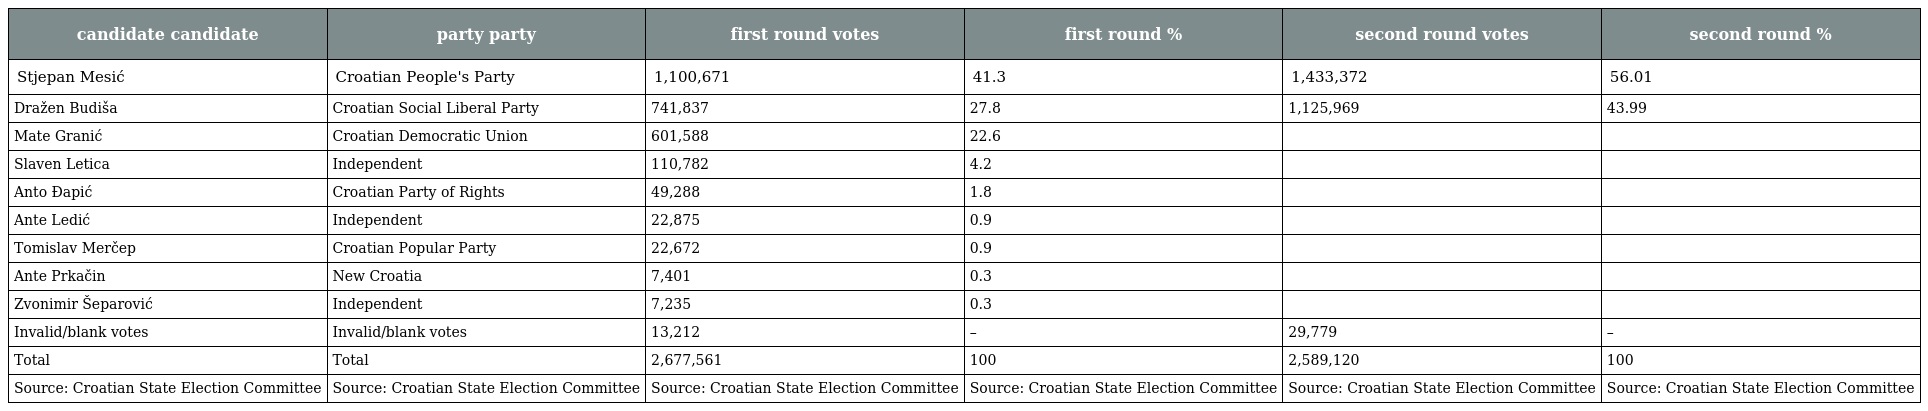
| candidate candidate | party party | first round votes | first round % | second round votes | second round % |
 | --- | --- | --- | --- | --- | --- |
 | Stjepan Mesić | Croatian People's Party | 1,100,671 | 41.3 | 1,433,372 | 56.01 |
 | Dražen Budiša | Croatian Social Liberal Party | 741,837 | 27.8 | 1,125,969 | 43.99 |
 | Mate Granić | Croatian Democratic Union | 601,588 | 22.6 |  |  |
 | Slaven Letica | Independent | 110,782 | 4.2 |  |  |
 | Anto Đapić | Croatian Party of Rights | 49,288 | 1.8 |  |  |
 | Ante Ledić | Independent | 22,875 | 0.9 |  |  |
 | Tomislav Merčep | Croatian Popular Party | 22,672 | 0.9 |  |  |
 | Ante Prkačin | New Croatia | 7,401 | 0.3 |  |  |
 | Zvonimir Šeparović | Independent | 7,235 | 0.3 |  |  |
 | Invalid/blank votes | Invalid/blank votes | 13,212 | – | 29,779 | – |
 | Total | Total | 2,677,561 | 100 | 2,589,120 | 100 |
 | Source: Croatian State Election Committee | Source: Croatian State Election Committee | Source: Croatian State Election Committee | Source: Croatian State Election Committee | Source: Croatian State Election Committee | Source: Croatian State Election Committee |